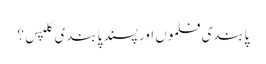
پابندی فلموں اور پسند پابندی کلپس؟